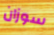
سوزان